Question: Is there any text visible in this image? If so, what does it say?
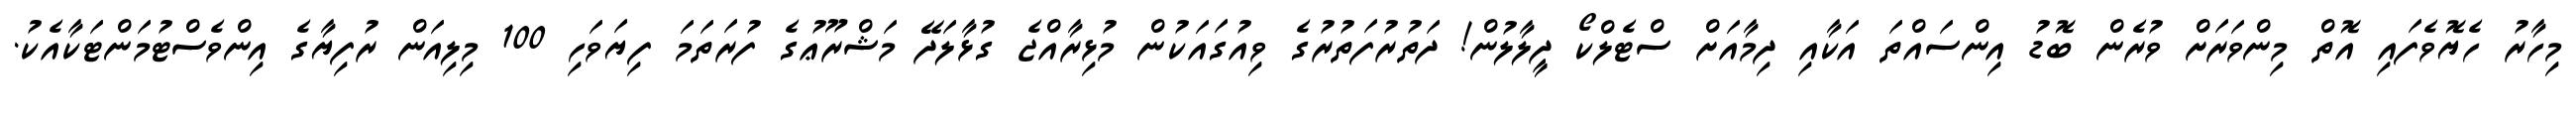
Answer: މިހާރު ހެޔޮވެފައި އޮތް މިންވަރަށް ވުރެން ބޮޑު އިންސައްތަ އަކާއި ދިމާއަށް ސްޓެލްކޯ ދީލާލުން! ދަތުރުފަތުރުގެ ވިއުގައަކުން މުޅިރާއްޖެ ގުޅާލަދޭ މަޝްރޫޢުގެ ފުރަތަމަ ފިޔަވަހި 100 މިލިއަން ރުފިޔާގެ އިންވެސްޓުމަންޓަކާއެކު.